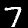
Digit: 7